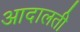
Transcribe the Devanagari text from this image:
आदालती